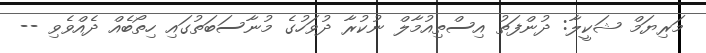
މަރިޔަމް ޝަކީލާ: ދުންފަތު އިސްތިއުމާލް ނުކުރާ ދުވަހުގެ މުނާސަބަތުގައި ހިތޯބެއް ދެއްވެވި --